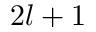
2 l + 1